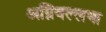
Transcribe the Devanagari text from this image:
अग्निवल्लभा